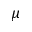
\mu